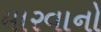
મારવાનો